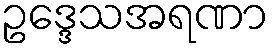
ဥဒ္ဒေသအရဏာ